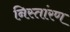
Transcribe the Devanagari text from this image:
निस्तांरण